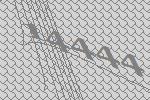
14444